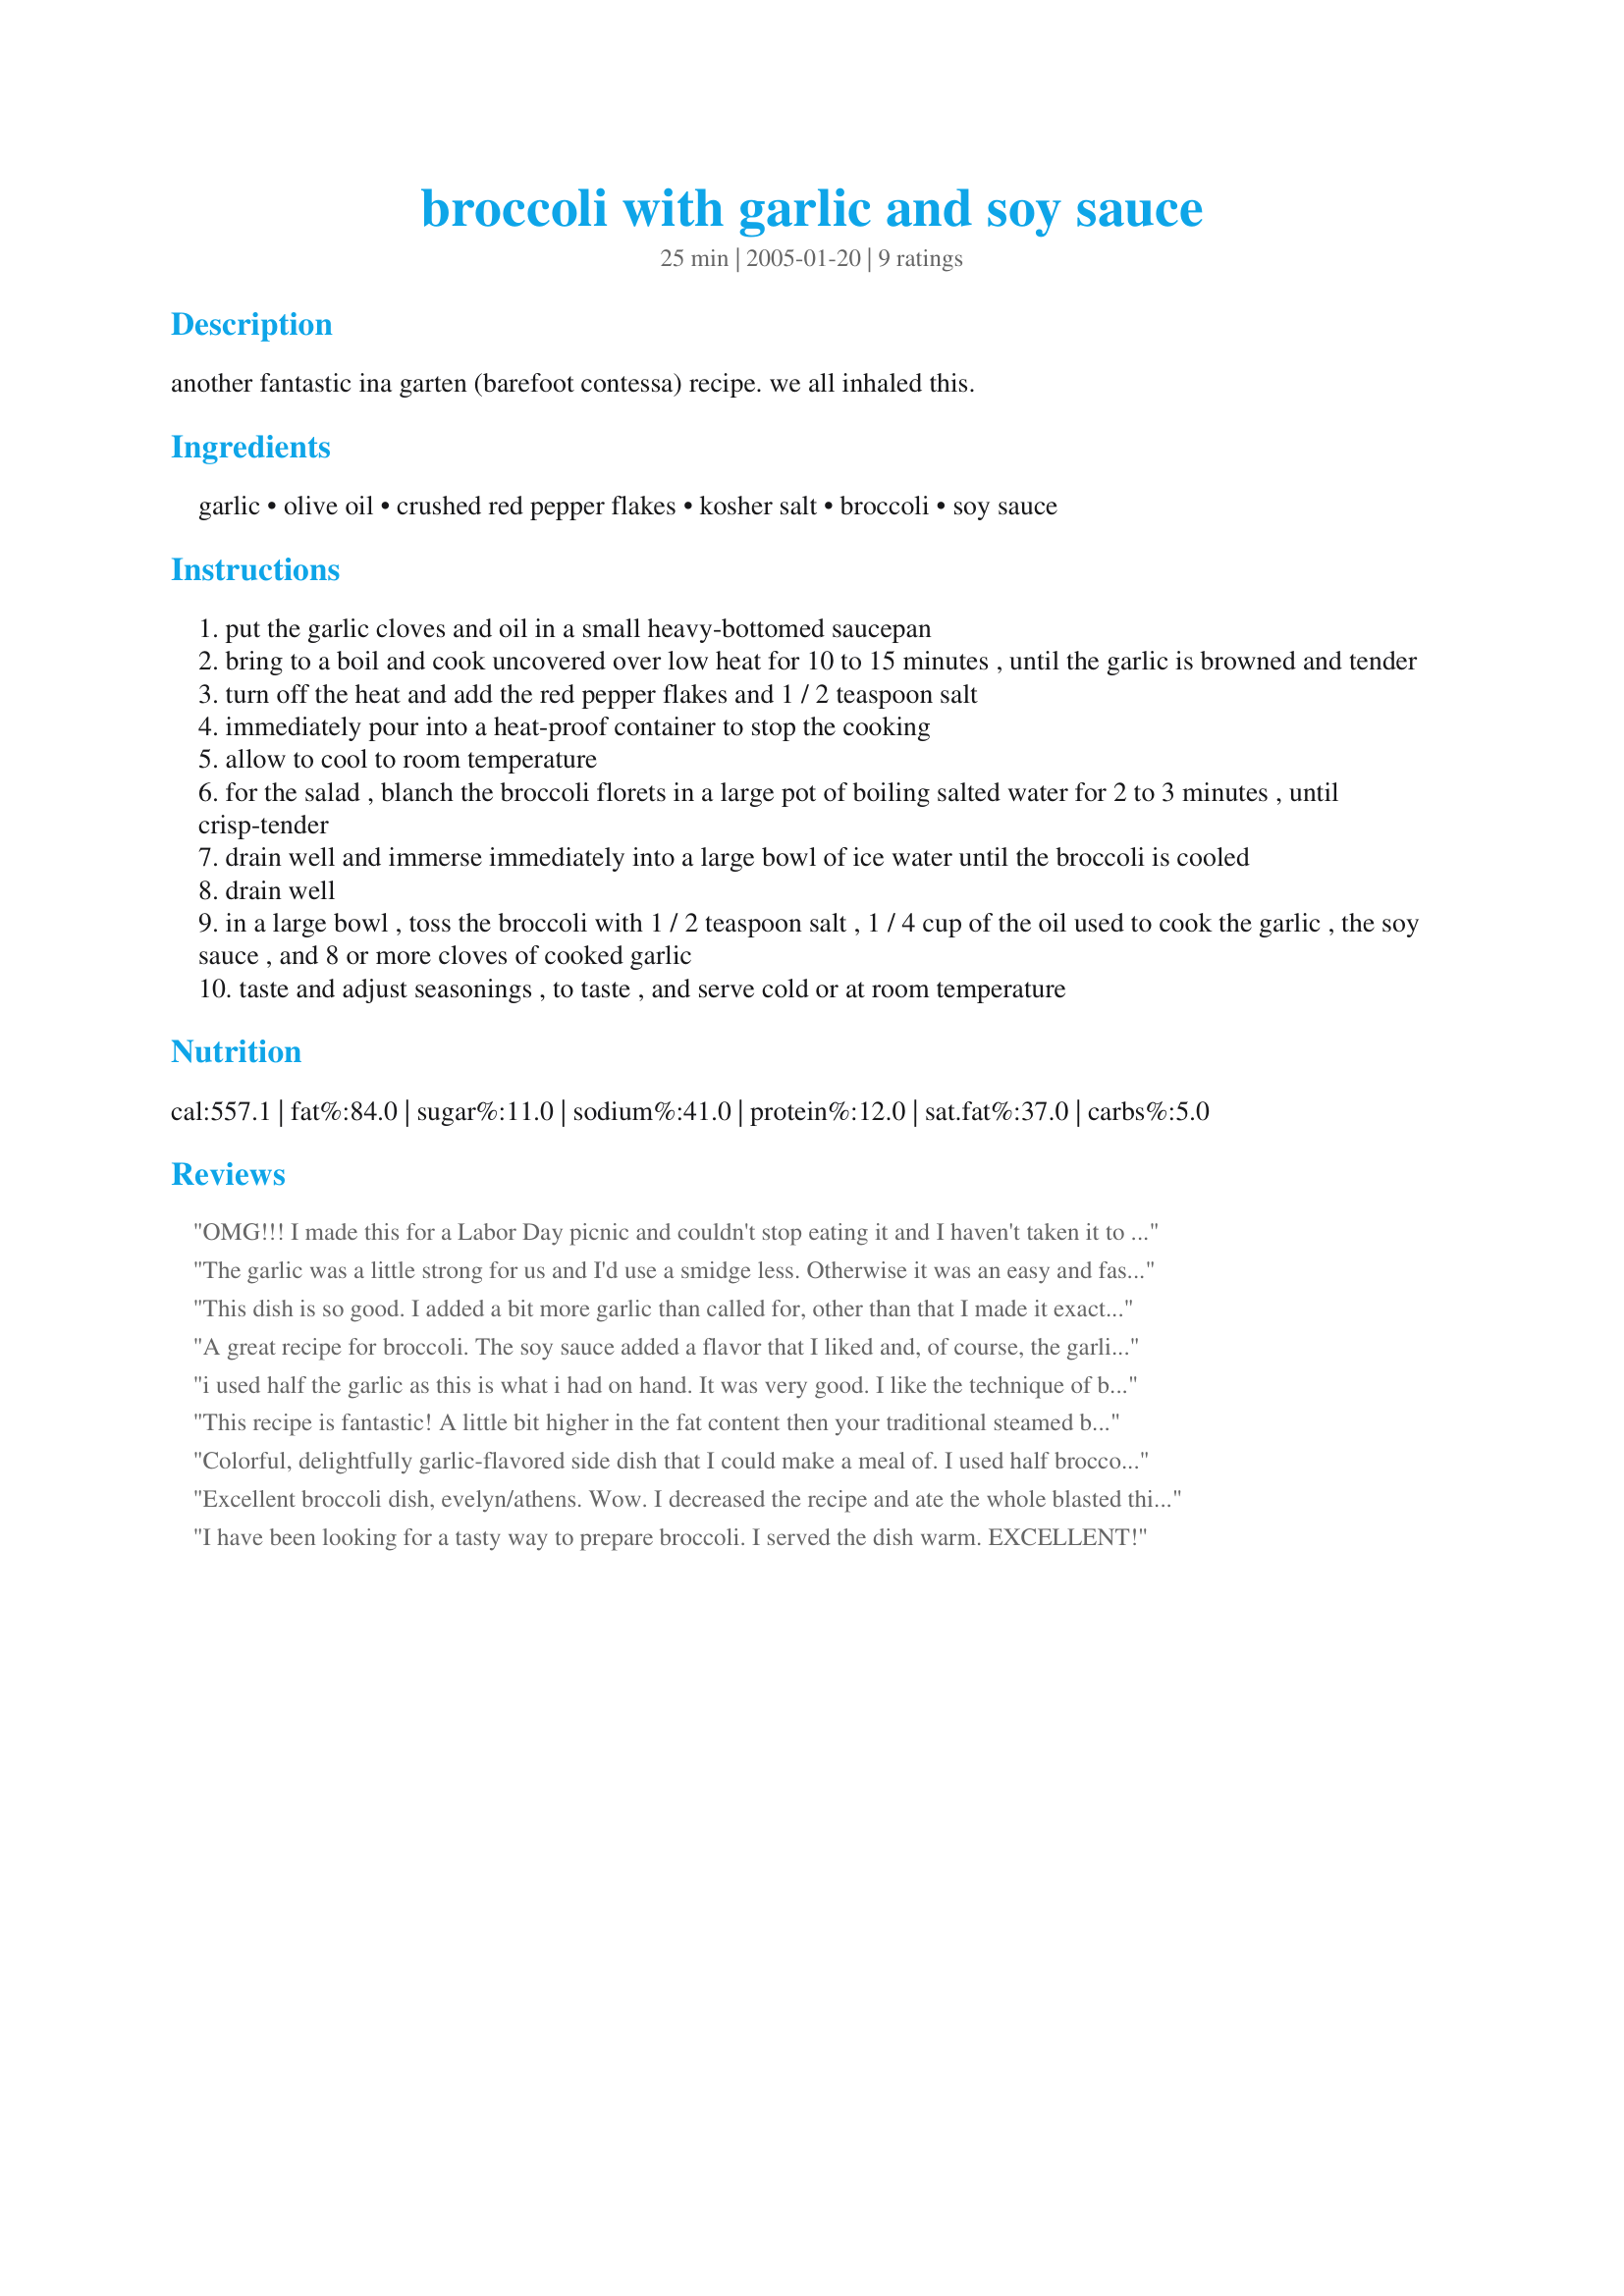
broccoli with garlic and soy sauce
Preparation time: 25 minutes

another fantastic ina garten (barefoot contessa) recipe. we all inhaled this.

Ingredients:
garlic, olive oil, crushed red pepper flakes, kosher salt, broccoli, soy sauce

Steps:
put the garlic cloves and oil in a small heavy-bottomed saucepan
bring to a boil and cook uncovered over low heat for 10 to 15 minutes , until the garlic is browned and tender
turn off the heat and add the red pepper flakes and 1 / 2 teaspoon salt
immediately pour into a heat-proof container to stop the cooking
allow to cool to room temperature
for the salad , blanch the broccoli florets in a large pot of boiling salted water for 2 to 3 minutes , until crisp-tender
drain well and immerse immediately into a large bowl of ice water until the broccoli is cooled
drain well
in a large bowl , toss the broccoli with 1 / 2 teaspoon salt , 1 / 4 cup of the oil used to cook the garlic , the soy sauce , and 8 or more cloves of cooked garlic
taste and adjust seasonings , to taste , and serve cold or at room temperature

Reviews:
OMG!!! I made this for a Labor Day picnic and couldn't stop eating it and I haven't taken it to the picnic yet!! This is fantastic and I will make it from now on. Excellent cold, warm, or at room temperature...
The garlic was a little strong for us and I'd use a smidge less. Otherwise it was an easy and fast dish. I had no fresh broccoli so I used frozen which I barely cooked - just microwaved to room temperature - and let marinate for only about 10 minutes.

I added sliced fresh mushrooms which were terrific with this marinade. We had some leftovers and the mushrooms got a bit soggy so I wish I'd eaten all of them the first day!

I'll use this recipe again and again. It would be good with green beans and red peppers, and almost anything with onions.
This dish is so good. I added a bit more garlic than called for, other than that I made it exactly as written.I served it along side LinMarie's Bourbon chicken and fried rice for a oriental inspired meal at home that is very kid friendly.Thanks for a great recipe.Elizabeth
A great recipe for broccoli. The soy sauce added a flavor that I liked and, of course, the garlic flavored it as well. Will try this recipe again soon. Prepared as a participant in the Hail To The Chefs Event January 2010 in the Cooking Photos Forum.
i used half the garlic as this is what i had on hand. It was very good. I like the technique of blanching the broccoli to get the bright green color but I will steam next time to retain the vitamins, no sense dumping them down the drain
This recipe is fantastic! A little bit higher in the fat content then your traditional steamed broccoli ~ but you can't beat it! The combination of the garlic, pepper flakes and the olive oil is terrific! A definate keeper!!!!
Colorful, delightfully garlic-flavored side dish that I could make a meal of. I used half broccoli and half cauliflower but otherwise followed the instructions. Great recipe, evelyn.
Excellent broccoli dish, evelyn/athens. Wow. I decreased the recipe and ate the whole blasted thing myself, nearly 3/4 lb of broccoli! I used just 1 T olive oil in which I sauteed the garlic and crushed red pepper flakes. Delicious yet dead simple. Thanks!
I have been looking for a tasty way to prepare broccoli. I served the dish warm. EXCELLENT!
